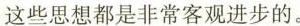
这些思想都是非常客观进步的。